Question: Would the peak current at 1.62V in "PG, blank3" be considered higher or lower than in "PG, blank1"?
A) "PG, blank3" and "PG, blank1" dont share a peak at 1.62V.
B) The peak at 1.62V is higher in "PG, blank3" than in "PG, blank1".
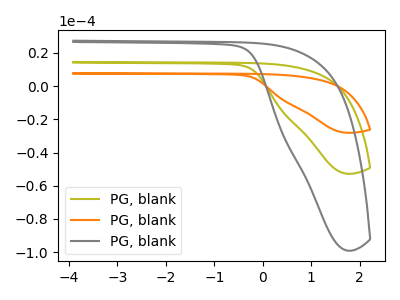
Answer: <think>The olive curve "PG, blank1" has no peaks. The orange curve "PG, blank2" has no peaks. The gray curve "PG, blank3" has no peaks.</think>
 <answer>A) "PG, blank3" and "PG, blank1" dont share a peak at 1.62V.</answer>
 <eval>A</eval>